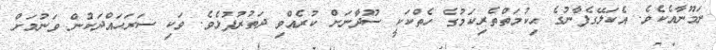
ނަމޫނާއެކެވެ. އެކަލޭގެފާނުގެ ޙިކުމަތްތެރިކަމުގެ ހެތްކަކީ ސޫދާނަށް ކުރެއްވި ދަތުރުފުޅެވެ. ވަކި ސަރަޙައްދަކުން ވަނުމަށް